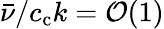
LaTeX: \bar{\nu}/c_{\mathrm{c}}k=\mathcal{O}(1)